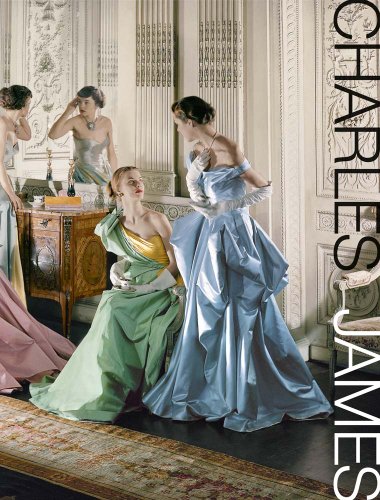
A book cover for Charles James: Beyond Fashion (Metropolitan Museum of Art); Harold Koda; Humor & Entertainment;